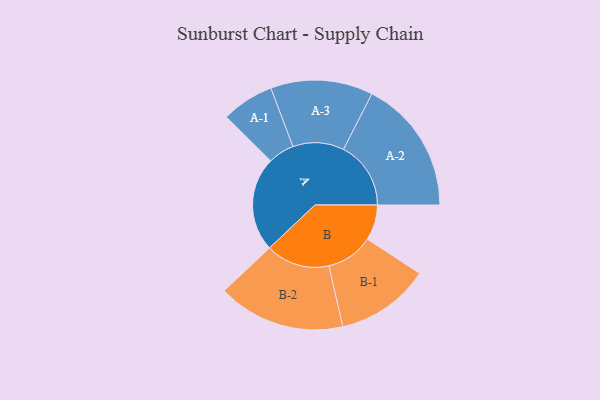
{"axis": {"x": "Segment", "y": "Value"}, "legend": ["", "A", "B"], "data": [{"x": "A", "y": 367, "type": ""}, {"x": "B", "y": 138, "type": ""}, {"x": "A-1", "y": 102, "type": "A"}, {"x": "A-2", "y": 262, "type": "A"}, {"x": "A-3", "y": 199, "type": "A"}, {"x": "B-1", "y": 183, "type": "B"}, {"x": "B-2", "y": 248, "type": "B"}]}